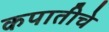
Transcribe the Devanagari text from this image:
कपातीचे